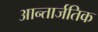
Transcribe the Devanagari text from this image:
आन्तार्जतिक